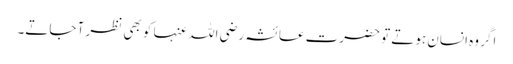
اگر وہ انسان ہوتے تو حضرت عائشہ رضی اللہ عنہا کو بھی نظر آ جاتے۔